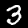
Digit: 3